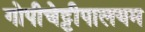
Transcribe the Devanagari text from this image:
गोपीचेट्टीपालयम